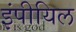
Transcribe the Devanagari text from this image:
इंपीयिल